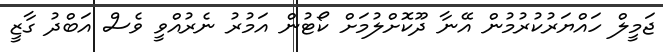
ޖަމީލް ހައްޔަރުކުރުމުން އޭނާ ދޫކޮށްލުމަށް ކޯޓުން އަމުރު ނެރުއްވީ ވެސް އަބްދު ގާޒީ